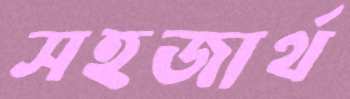
সহজার্থ